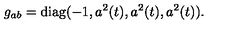
g _ { a b } = \mathrm { d i a g } ( - 1 , a ^ { 2 } ( t ) , a ^ { 2 } ( t ) , a ^ { 2 } ( t ) ) .